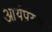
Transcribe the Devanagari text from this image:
आर्यपुरुष